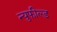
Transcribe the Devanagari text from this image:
न्युफील्ड